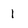
Character: 1